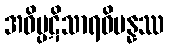
အဝိပ္ပဋိသာရဝိပန္နဿ